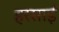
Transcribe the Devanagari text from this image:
हरसाईं